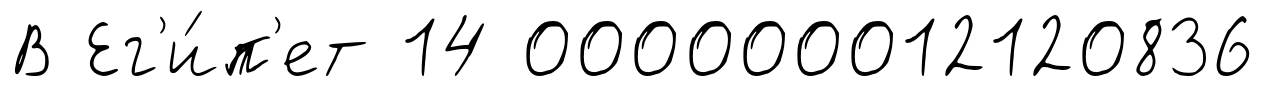
В Ег'и́п'ет 14 000000012120836